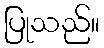
ပြုသည်။